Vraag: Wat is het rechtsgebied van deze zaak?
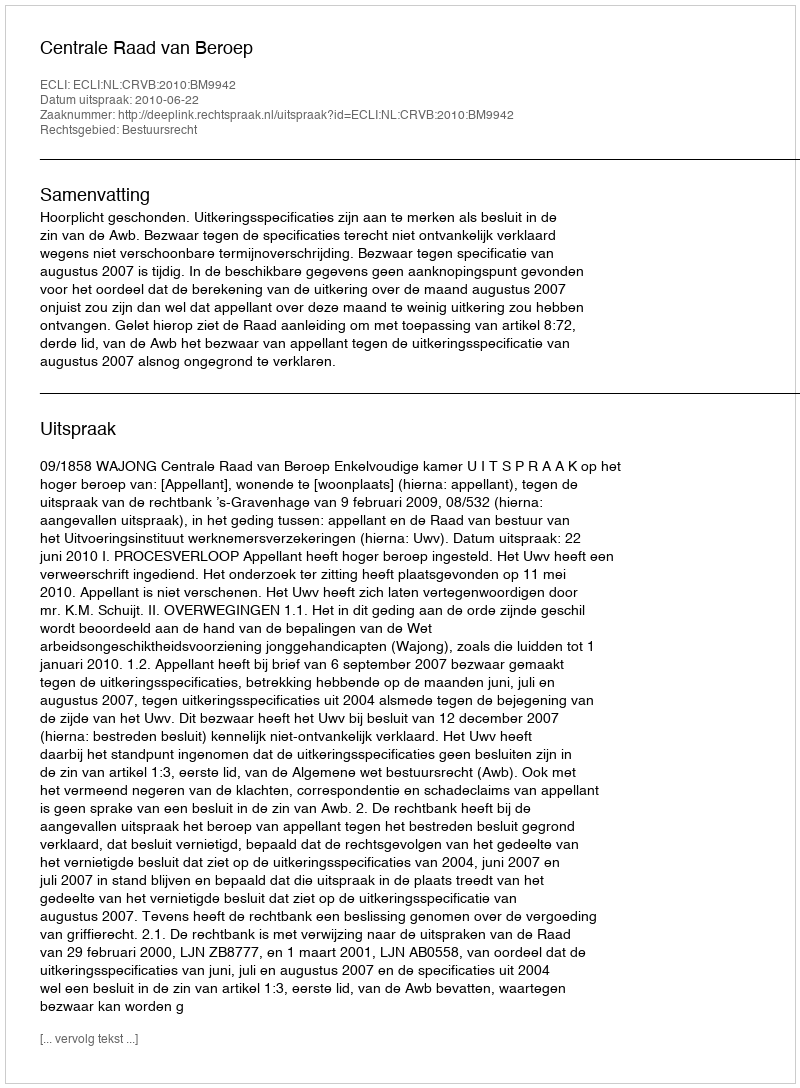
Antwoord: Bestuursrecht